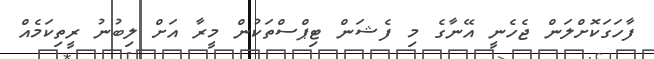
ފާހަގަކޮށްލަން ޖެހެނީ އޭނާގެ މި ފެޝަން ޓިޕްސްތަކުން މީރާ އަށް ލިބުނު ރީތިކަމެއް